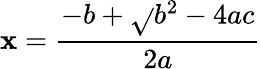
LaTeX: \mathbf{x}={\frac{{-b+{\sqrt{}{{b^{2}-4ac}}}}}{{2a}}}